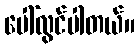
ပေါ်လွင်ပါတယ်။